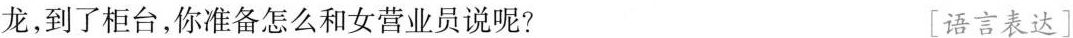
龙，到了柜台，你准备怎么和女营业员说呢? [语言表达]